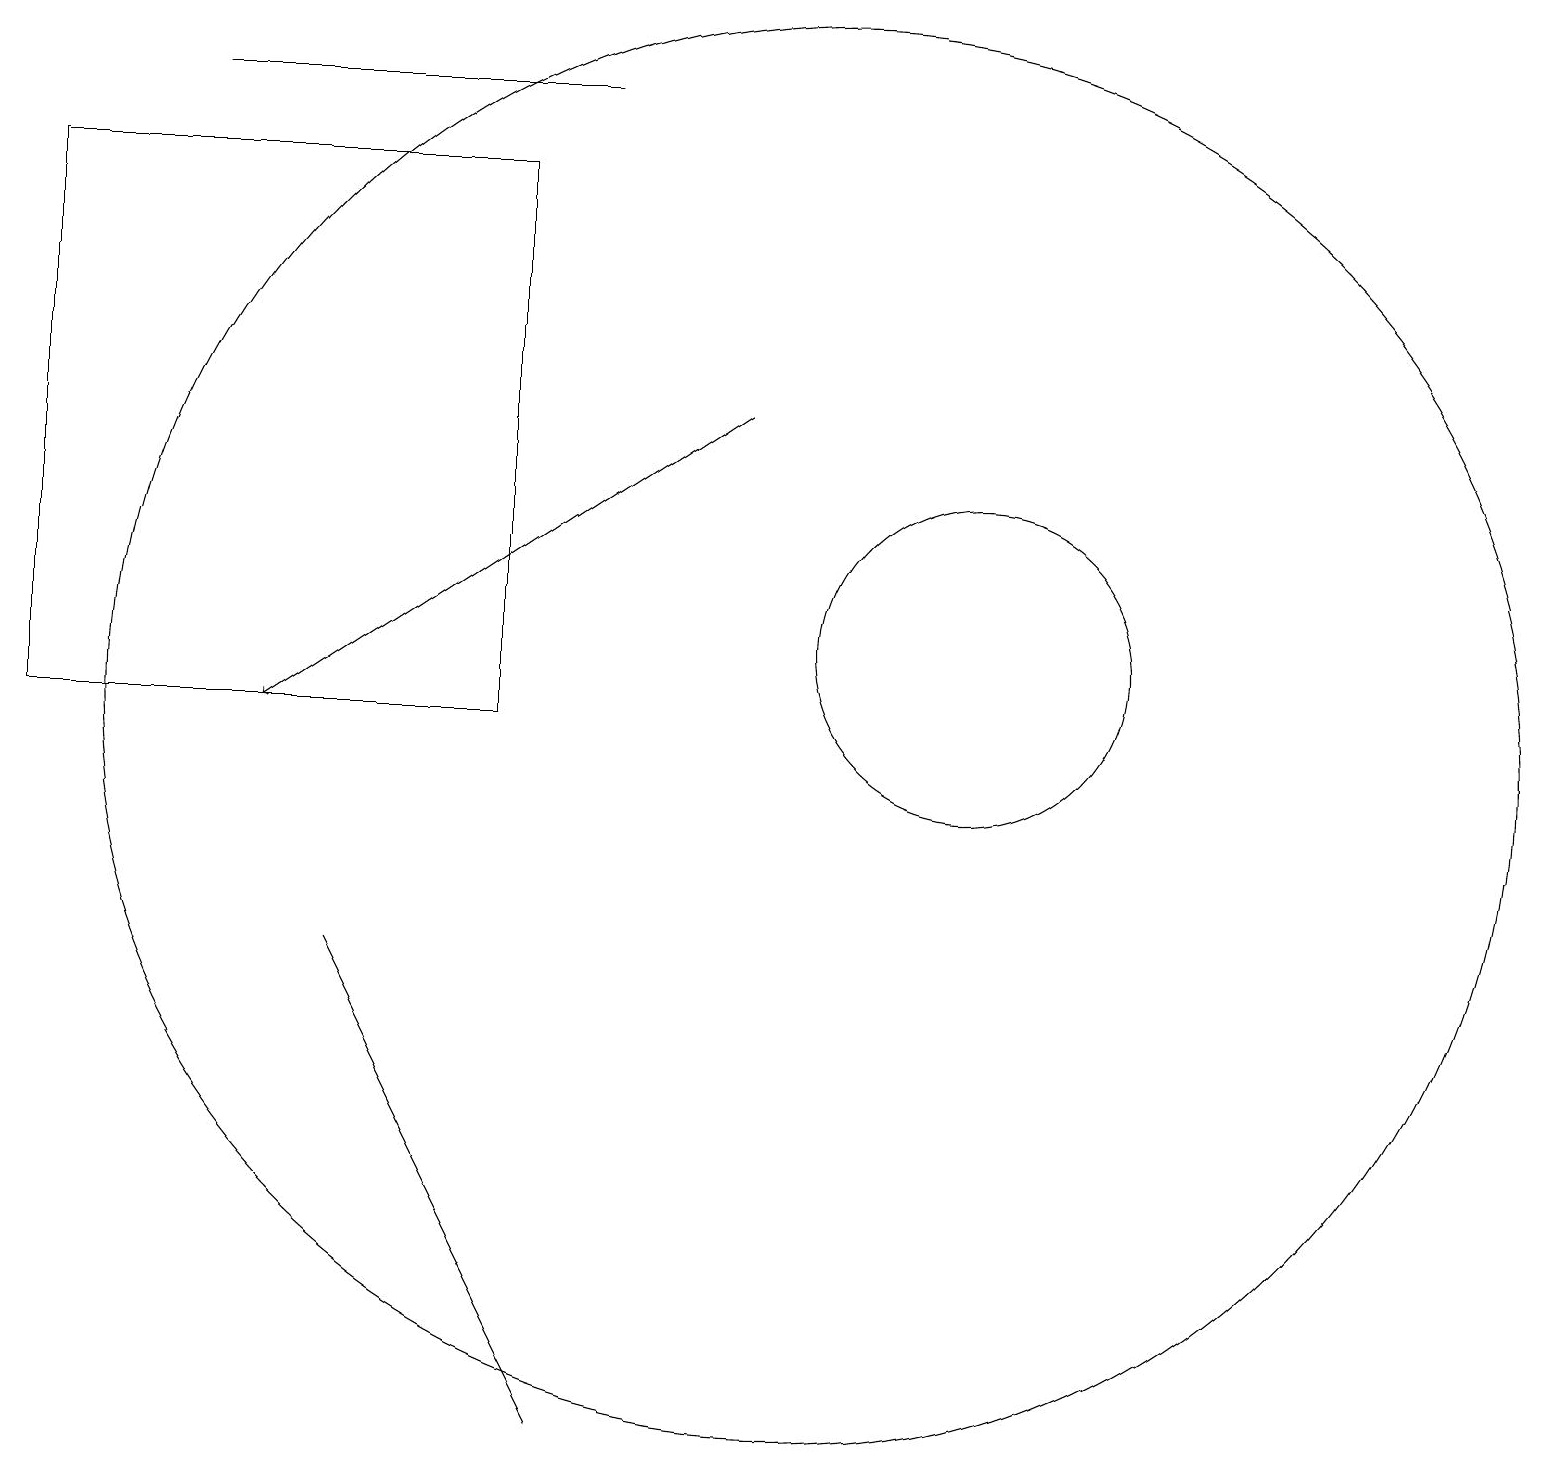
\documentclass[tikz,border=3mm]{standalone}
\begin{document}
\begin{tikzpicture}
\draw (4,7) -- (6,3) -- (7,1) -- cycle;
\draw (12,11) circle (2);
\draw (0,17) rectangle (6,10);
\draw (7,18) rectangle (2,18);
\draw (10,10) circle (9);
\draw[->] (9,14) -- (3,10);
\draw (10,10) circle (0);
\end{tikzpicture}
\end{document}